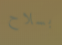
بسلاح